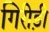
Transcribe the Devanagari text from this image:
गिरीड़ी